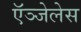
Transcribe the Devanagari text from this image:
ऍञ्जेलेस